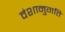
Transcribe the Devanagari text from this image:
वंशानुगति